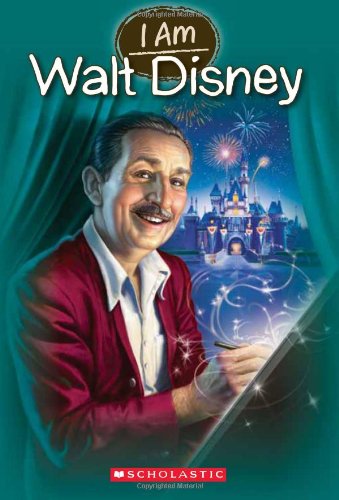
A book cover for I Am #11: Walt Disney; Grace Norwich; Children's Books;